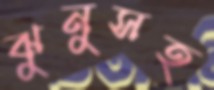
ঝুনুসহ